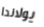
يولاندا